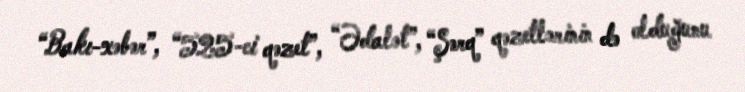
“Bakı-xəbər”, “525-ci qəzet”, “Ədalət”, “Şərq” qəzetlərinin də olduğunu